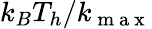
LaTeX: k_{B}T_{h}/k_{\mathrm{~m~a~x~}}